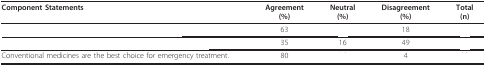
<table><thead><tr><td><b>Component Statements</b></td><td><b>Agreement(%)</b></td><td><b>Neutral(%)</b></td><td><b>Disagreement(%)</b></td><td><b>Total(n)</b></td></tr></thead><tbody><tr><td>[EMPTY_CELL]</td><td>63</td><td>[EMPTY_CELL]</td><td>18</td><td>[EMPTY_CELL]</td></tr><tr><td>[EMPTY_CELL]</td><td>35</td><td>16</td><td>49</td><td>[EMPTY_CELL]</td></tr><tr><td>Conventional medicines are the best choice for emergency treatment.</td><td>80</td><td>[EMPTY_CELL]</td><td>4</td><td>[EMPTY_CELL]</td></tr></tbody></table>